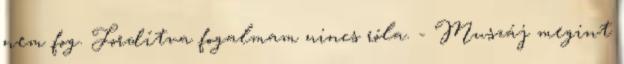
nem fog. Fordítva fogalmam nincs róla. - Muszáj megint